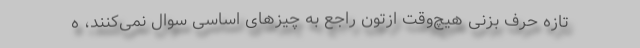
تازه حرف بزنی هیچ‌وقت ازتون راجع به چیزهای اساسی سوال نمی‌کنند، ه